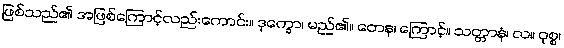
ဖြစ်သည်၏ အဖြစ်ကြောင့်လည်းကောင်း။ ဒုက္ခော၊ မည်၏။ တေန၊ ကြောင့်။ သတ္တာနံ၊ လ။ ဝုစ္စ၊